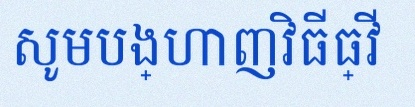
សូមបង្ហាញវិធីធ្វើ